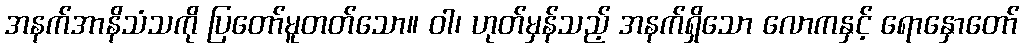
အနက်အာနိသံသကို ပြတော်မူတတ်သော။ ဝါ၊ ဟုတ်မှန်သည့် အနက်ရှိသော လောကနှင့် ရောနှောတော်